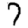
Digit: 7